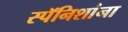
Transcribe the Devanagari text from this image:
स्पॅनिशांना